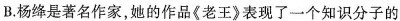
B.杨绛是著名作家，她的作品《老王》表现了一个知识分子的